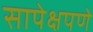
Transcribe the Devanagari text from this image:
सापेक्षपणे